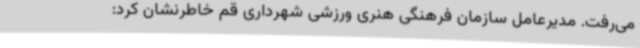
می‌رفت. مدیرعامل سازمان فرهنگی هنری ورزشی شهرداری قم خاطرنشان کرد: